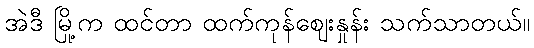
အဲဒီ မြို့က ထင်တာ ထက်ကုန်ဈေးနှုန်း သက်သာတယ်။